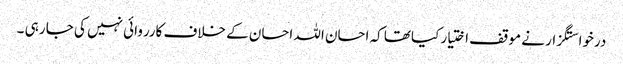
درخواستگزار نے موقف اختیار کیاتھا کہ احسان اللہ احسان کے خلاف کارروائی نہیں کی جا رہی ۔